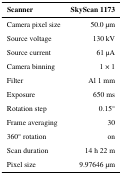
<table><thead><tr><td><b>Scanner</b></td><td><b>SkyScan 1173</b></td></tr></thead><tbody><tr><td>Camera pixel size</td><td>50.0 μm</td></tr><tr><td>Source voltage</td><td>130 kV</td></tr><tr><td>Source current</td><td>61 μA</td></tr><tr><td>Camera binning</td><td>1 × 1</td></tr><tr><td>Filter</td><td>Al 1 mm</td></tr><tr><td>Exposure</td><td>650 ms</td></tr><tr><td>Rotation step</td><td>0.15°</td></tr><tr><td>Frame averaging</td><td>30</td></tr><tr><td>360° rotation</td><td>on</td></tr><tr><td>Scan duration</td><td>14 h 22 m</td></tr><tr><td>Pixel size</td><td>9.97646 μm</td></tr></tbody></table>